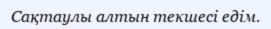
Сақтаулы алтын текшесі едім.